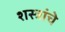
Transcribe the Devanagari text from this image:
शस्‍त्रांचे